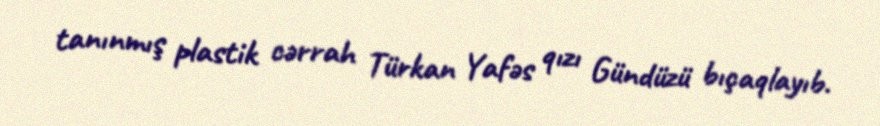
tanınmış plastik cərrah Türkan Yafəs qızı Gündüzü bıçaqlayıb.